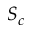
S _ { c }